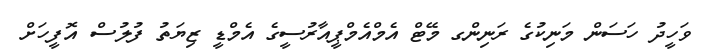
ވަހީދު ހަސަން މަނިކުގެ ރަނިންގ މޭޓް އެމްއެމްޕީއާރުސީގެ އެމްޑީ ޒިޔަތު ފުލުސް އޮފީހަށް